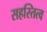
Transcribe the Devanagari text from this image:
सहस्तित्व